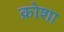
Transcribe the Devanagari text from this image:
क्रोशा